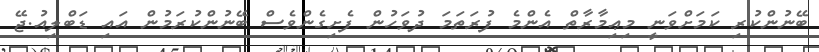
ބޭނުންކުރި ކަމަށްވަނީ މިޢިމާރާތް އެންމެ ފުރަތަމަ ދުވަހުން ފެށިގެންވެސް ބޭނުންކުރަމުން އައި ޑަބްލިއު.ޖޭ